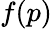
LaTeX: f(p)